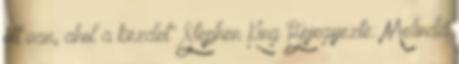
ott van, ahol a kezdet" Stephen King Bejegyezte: Melinda